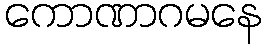
ကောဏာဂမနေ